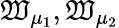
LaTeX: \mathfrak{W}_{\mu_{1}},\mathfrak{W}_{\mu_{2}}